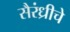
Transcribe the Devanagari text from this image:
सैरंध्रीचे